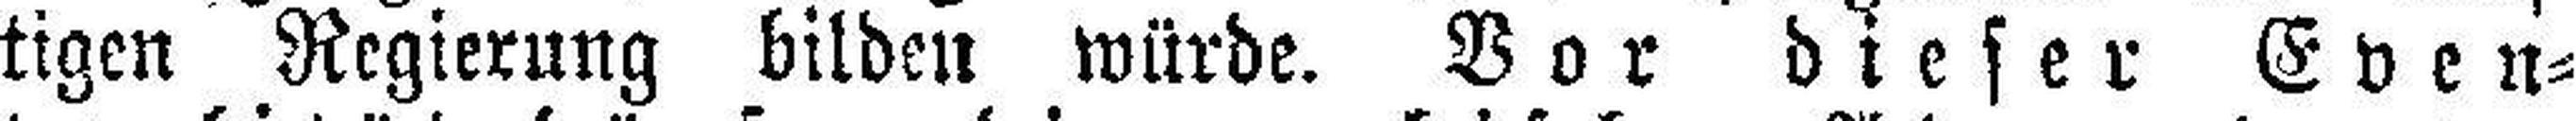
tigen Regierung bilden würde. Vor dieser Even¬